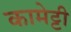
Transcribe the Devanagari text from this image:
कामेट्टी